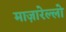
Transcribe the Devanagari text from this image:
माज़ारेल्लो